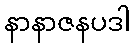
နာနာဇနပဒါ